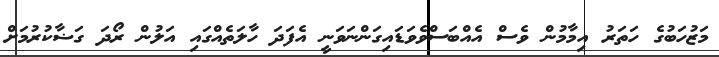
މަޒުހަބުގެ ހަތަރު އިމާމުން ވެސް އެއްބަސްވެވަޑައިގަންނަވަނީ އެފަދަ ހާލަތެއްގައި އަލުން ރޯދަ ގަޟާކުރުމަށް